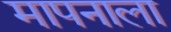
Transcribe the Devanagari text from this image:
मापनाला